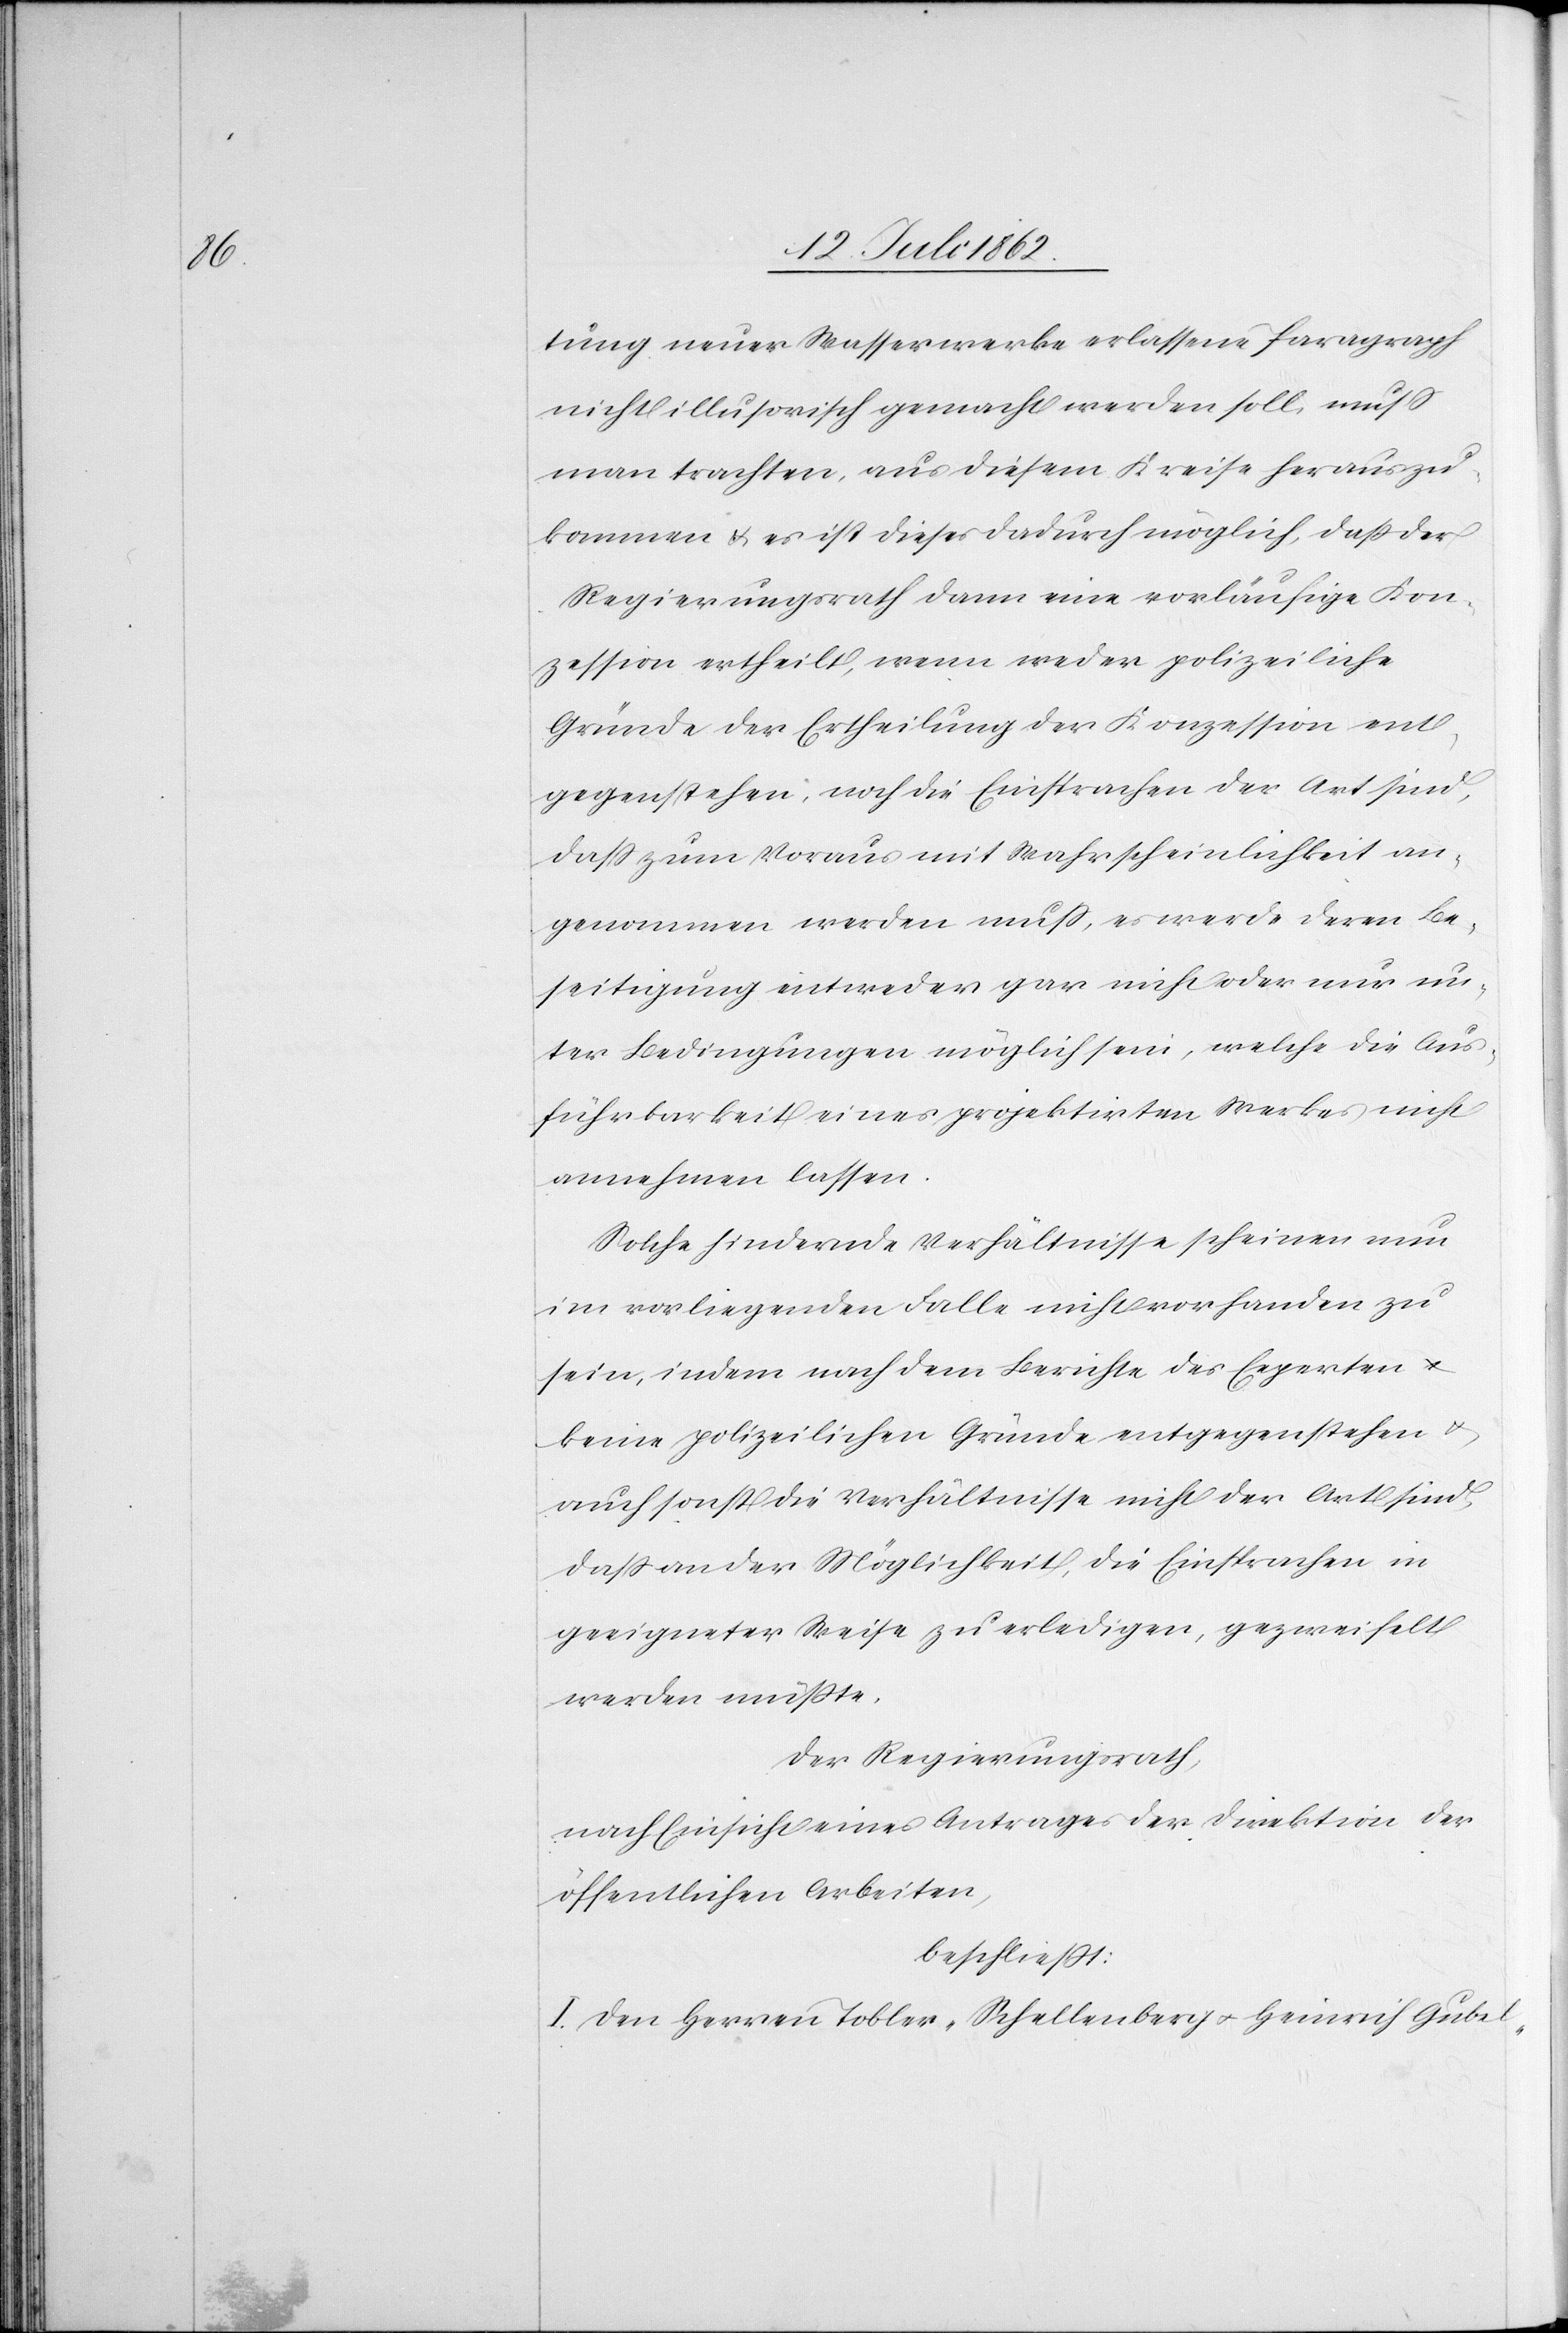
tung neuer Wasserwerke erlassene Paragraph
nicht illusorisch gemacht werden soll, muß
man trachten, aus diesem Kreise herauszu¬
kommen u. es ist dieses dadurch möglich, daß der
Regierungsrath dann eine vorläufige Kon¬
zession ertheilt, wenn weder polizeiliche
Gründe der Ertheilung der Konzession ent¬
gegenstehen, noch die Einsprachen der Art sind,
daß zum Voraus mit Wahrscheinlichkeit an¬
genommen werden muß, es werde deren Be¬
seitigung entweder gar nicht oder nur un¬
ter Bedingungen möglich sein, welche die Aus¬
führbarkeit eines projektirten Werkes nicht
annehmen lassen.
Solche hindernde Verhältnisse scheinen nun
im vorliegenden Falle nicht vorhanden zu
sein, indem nach dem Berichte des Experten
u.
keine polizeilichen Gründe entgegenstehen
auch sonst die Verhältnisse nicht der Art sind,
daß an der Möglichkeit, die Einsprachen in
geeigneter Weise zu erledigen, gezweifelt
werden müßte.
Der Regierungsrath,
Nach Einsicht eines Antrages der Direktion der
öffentlichen Arbeiten,
beschließt:
I. Den Herren Tobler, Schellenberg u. Heinrich Gubel-